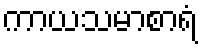
ကာယသမာစာရံ